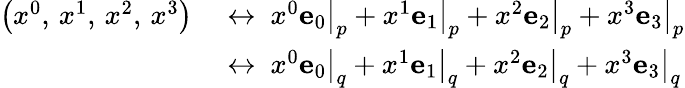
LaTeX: {\begin{array}{rl}{\left(x^{0},\, x^{1},\, x^{2},\, x^{3}\right)\ }&{\leftrightarrow\ \left.x^{0}\mathbf{e}_{0}\right|_{p}+\left.x^{1}\mathbf{e}_{1}\right|_{p}+\left.x^{2}\mathbf{e}_{2}\right|_{p}+\left.x^{3}\mathbf{e}_{3}\right|_{p}}\\ &{\leftrightarrow\ \left.x^{0}\mathbf{e}_{0}\right|_{q}+\left.x^{1}\mathbf{e}_{1}\right|_{q}+\left.x^{2}\mathbf{e}_{2}\right|_{q}+\left.x^{3}\mathbf{e}_{3}\right|_{q}}\end{array}}